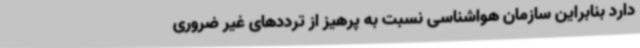
دارد بنابراین سازمان هواشناسی نسبت به پرهیز از ترددهای غیر ضروری